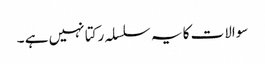
سوالات کا یہ سلسلہ رکتا نہیں ہے ۔